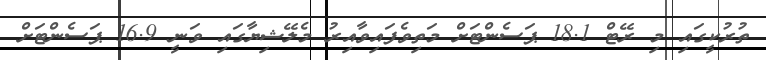
ތުރުކީގައި މި ރޭޓް 18.1 ޕަސެންޓަށް މަތިވެފައިވާއިރު މެލޭޝިޔާގައި ވަނީ 16.9 ޕަސެންޓަށް